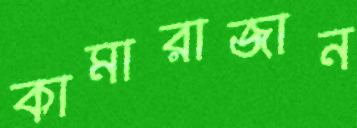
কামারাজান